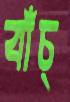
বাঁচ্‌